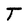
Character: T